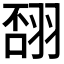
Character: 𦐸